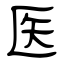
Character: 医